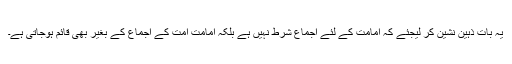
یہ بات ذہین نشین کر لیجئے کہ امامت کے لئے اجماع شرط نہیں ہے بلکہ امامت امت کے اجماع کے بغیر بھی قائم ہوجاتی ہے۔